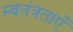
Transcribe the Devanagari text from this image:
स्वतंत्रताएँ